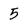
Character: 5